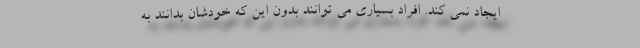
ایجاد نمی کند. افراد بسیاری می توانند بدون این که خودشان بدانند به